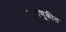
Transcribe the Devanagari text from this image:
वागणूकीत